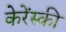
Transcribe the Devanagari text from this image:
केरेंस्की